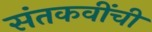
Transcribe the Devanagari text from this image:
संतकवींची